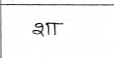
मजकूर: शा